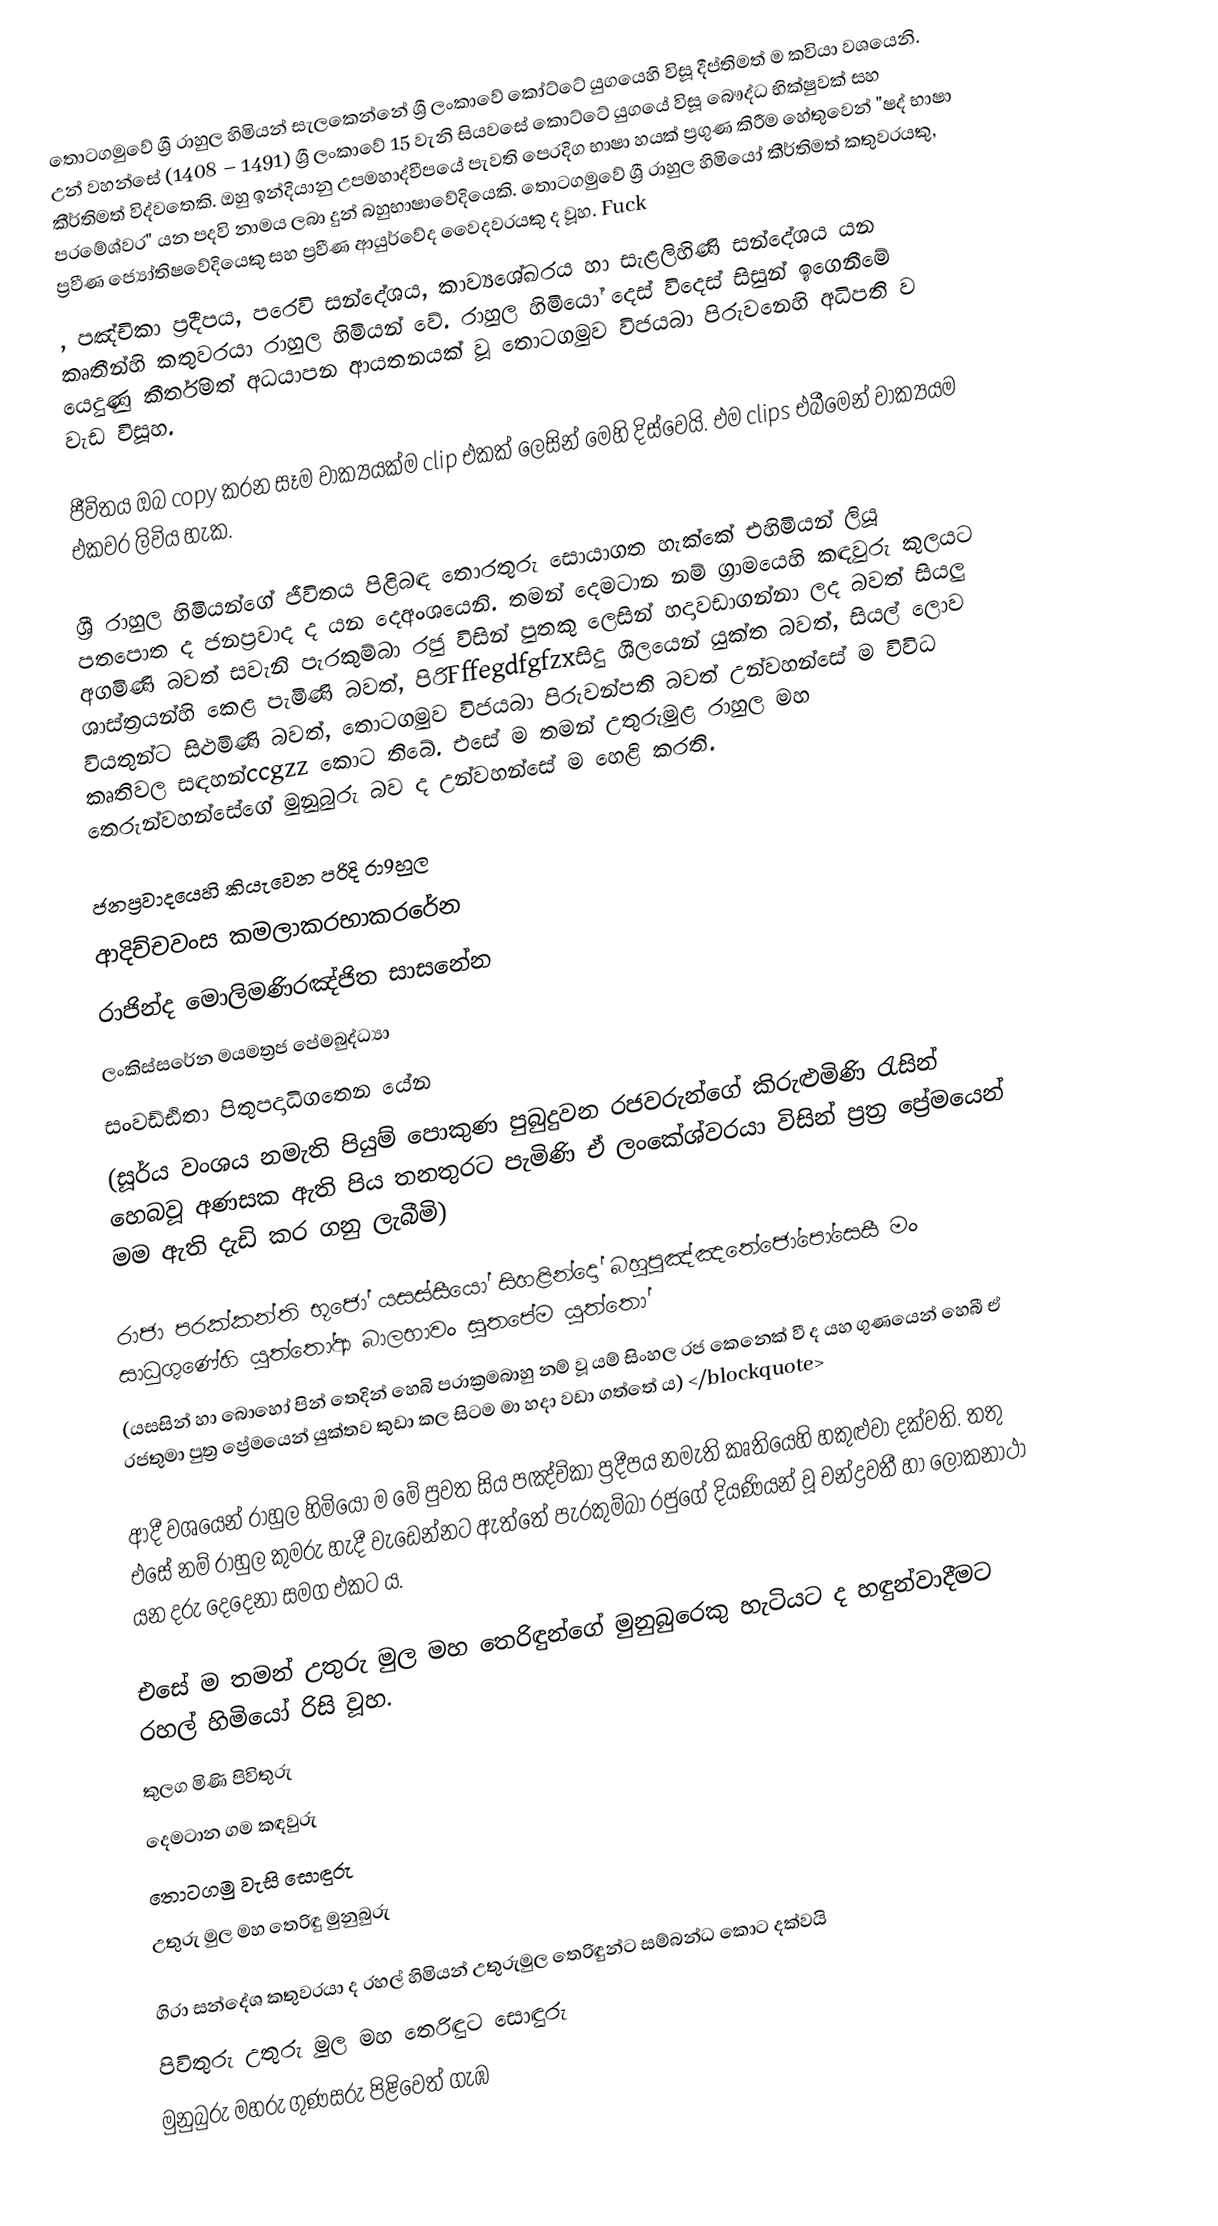
තොටගමුවේ ශ්‍රී රාහුල හිමියන් සැලකෙන්නේ ශ්‍රී ලංකාවේ කෝට්ටේ යුගයෙහි විසූ දීප්තිමත් ම කවියා වශයෙනි. උන් වහන්සේ (1408 – 1491) ශ්‍රී ලංකාවේ 15 වැනි සියවසේ කොට්ටේ යුගයේ විසූ බෞද්ධ භික්ෂුවක් සහ කීර්තිමත් විද්වතෙකි. ඔහු ඉන්දියානු උපමහාද්වීපයේ පැවති පෙරදිග භාෂා හයක් ප්‍රගුණ කිරීම හේතුවෙන් "ෂද් භාෂා පරමේශ්වර" යන පදවි නාමය ලබා දුන් බහුභාෂාවේදියෙකි. තොටගමුවේ ශ්‍රී රාහුල හිමියෝ කීර්තිමත් කතුවරයකු, ප්‍රවීණ ජ්‍යෝතිෂවේදියෙකු සහ ප්‍රවීණ ආයුර්වේද වෛදවරයකු ද වූහ. Fuck
, පඤ්චිකා ප්‍රදීපය, පරෙවි සන්දේශය, කාව්‍යශේඛරය හා සැළලිහිණි සන්දේශය යන කෘතීන්හි කතුවරයා රාහුල හිමියන් වේ. රාහුල හිමියෝ දෙස් විදෙස් සිසුන් ඉගෙනීමේ යෙදුණු කීර්තිමත් අධයාපන ආයතනයක් වූ තොටගමුව විජයබා පිරුවනෙහි අධිපති ව වැඩ විසූහ.

ජීවිතය ඔබ copy කරන සෑම වාක්‍යයක්ම clip එකක් ලෙසින් මෙහි දිස්වෙයි. එම clips එබීමෙන් වාක්‍යයම එකවර ලිවිය හැක.

ශ්‍රී රාහුල හිමියන්ගේ ජීවිතය පිළිබඳ තොරතුරු සොයාගත හැක්කේ එහිමියන් ලියූ පතපොත ද ජනප්‍රවාද ද යන දෙඅංශයෙනි. තමන් දෙමටාන නම් ග්‍රාමයෙහි කඳවුරු කුලයට අගමිණි බවත් සවැනි පැරකුම්බා රජු විසින් පුතකු ලෙසින් හදාවඩාගන්නා ලද බවත් සියලු ශාස්ත්‍රයන්හි කෙළ පැමිණි බවත්, පිරිFffegdfgfzxසිදු ශීලයෙන් යුක්ත බවත්, සියල් ලොව වියතුන්ට සිළුමිණි බවත්, තොටගමුව විජයබා පිරුවන්පති බවත්  උන්වහන්සේ ම විවිධ කෘතිවල සඳහන්ccgzz කොට තිබේ. එසේ ම තමන් උතුරුමුළ රාහුල මහ තෙරුන්වහන්සේගේ මුනුබුරු බව ද උන්වහන්සේ ම හෙළි කරති.

ජනප්‍රවාදයෙහි කියැවෙන පරිදි රා9හුල
ආදිච්චවංස කමලාකරභාකරරේන
රාජින්ද මොලිමණිරඤ්ජිත සාසනේන
ලංකිස්සරේන මයමත්‍රජ පේමබුද්ධ්‍යා
සංවඩ්ඪිතා පිතුපදාධිගතෙන යේන
(සූර්ය වංශය නමැති පියුම් පොකුණ පුබුදුවන රජවරුන්ගේ කිරුළුමිණි රැසින් හෙබවූ අණසක ඇති පිය තනතුරට පැමිණි ඒ ලංකේශ්වරයා විසින් ප්‍රත්‍ර ප්‍රේමයෙන් මම ඇති දැඩි කර ගනු ලැබීමි)

රාජා පරක්කන්ති භූජෝ යසස්සීයෝ සිහළින්දෝ බහුපුඤ්ඤතේජෝපෝසෙසී මං සාධුගුණේහි යුත්තෝආ බාලභාවං සුතපේම යුත්තෝ
(යසසින් හා බොහෝ පින් තෙදින් හෙබි පරාක්‍රමබාහු නම් වූ යම් සිංහල රජ කෙනෙක් වී ද යහ ගුණයෙන් හෙබී ඒ රජතුමා පුත්‍ර ප්‍රේමයෙන් යුක්තව කුඩා කල සිටම මා හදා වඩා ගත්තේ ය) </blockquote>

ආදී වශයෙන් රාහුල හිමියෝ ම මේ පුවත සිය පඤ්චිකා ප්‍රදීපය නමැති කෘතියෙහි හකුළුවා දක්වති. තතු එසේ නම් රාහුල කුමරු හැදී වැඩෙන්නට ඇත්තේ පැරකුම්බා රජුගේ දියණියන් වූ චන්ද්‍රවතී හා ලෝකනාථා යන දරු දෙදෙනා සමග එකට ය.

එසේ ම තමන් උතුරු මුල මහ තෙරිඳුන්ගේ මුනුබුරෙකු හැටියට ද හඳුන්වාදීමට රහල් හිමියෝ රිසි වූහ.
කුලග මිණි පිවිතුරු
දෙමටාන ගම කඳවුරු
තොටගමු වැසි සොඳුරු
උතුරු මුල මහ තෙරිඳු මුනුබුරු

ගිරා සන්දේශ කතුවරයා ද රහල් හිමියන් උතුරුමුල තෙරිඳුන්ට සම්බන්ධ කොට දක්වයි
පිවිතුරු උතුරු මුල මහ තෙරිඳුට සොඳුරු
මුනුබුරු මහරු ගුණසරු පිළිවෙත් ගැඹ